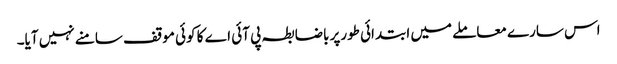
اس سارے معاملے میں ابتدائی طورپر باضابطہ پی آئی اے کا کوئی موقف سامنے نہیں آیا۔